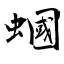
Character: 蟈